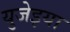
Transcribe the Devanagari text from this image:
युजेइया